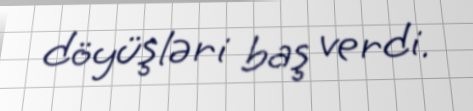
döyüşləri baş verdi.